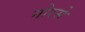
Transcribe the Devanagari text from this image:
नोरसे